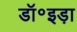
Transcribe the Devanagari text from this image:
डॉ॰इड़ा